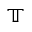
\mathbb { T }